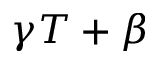
\gamma T + \beta